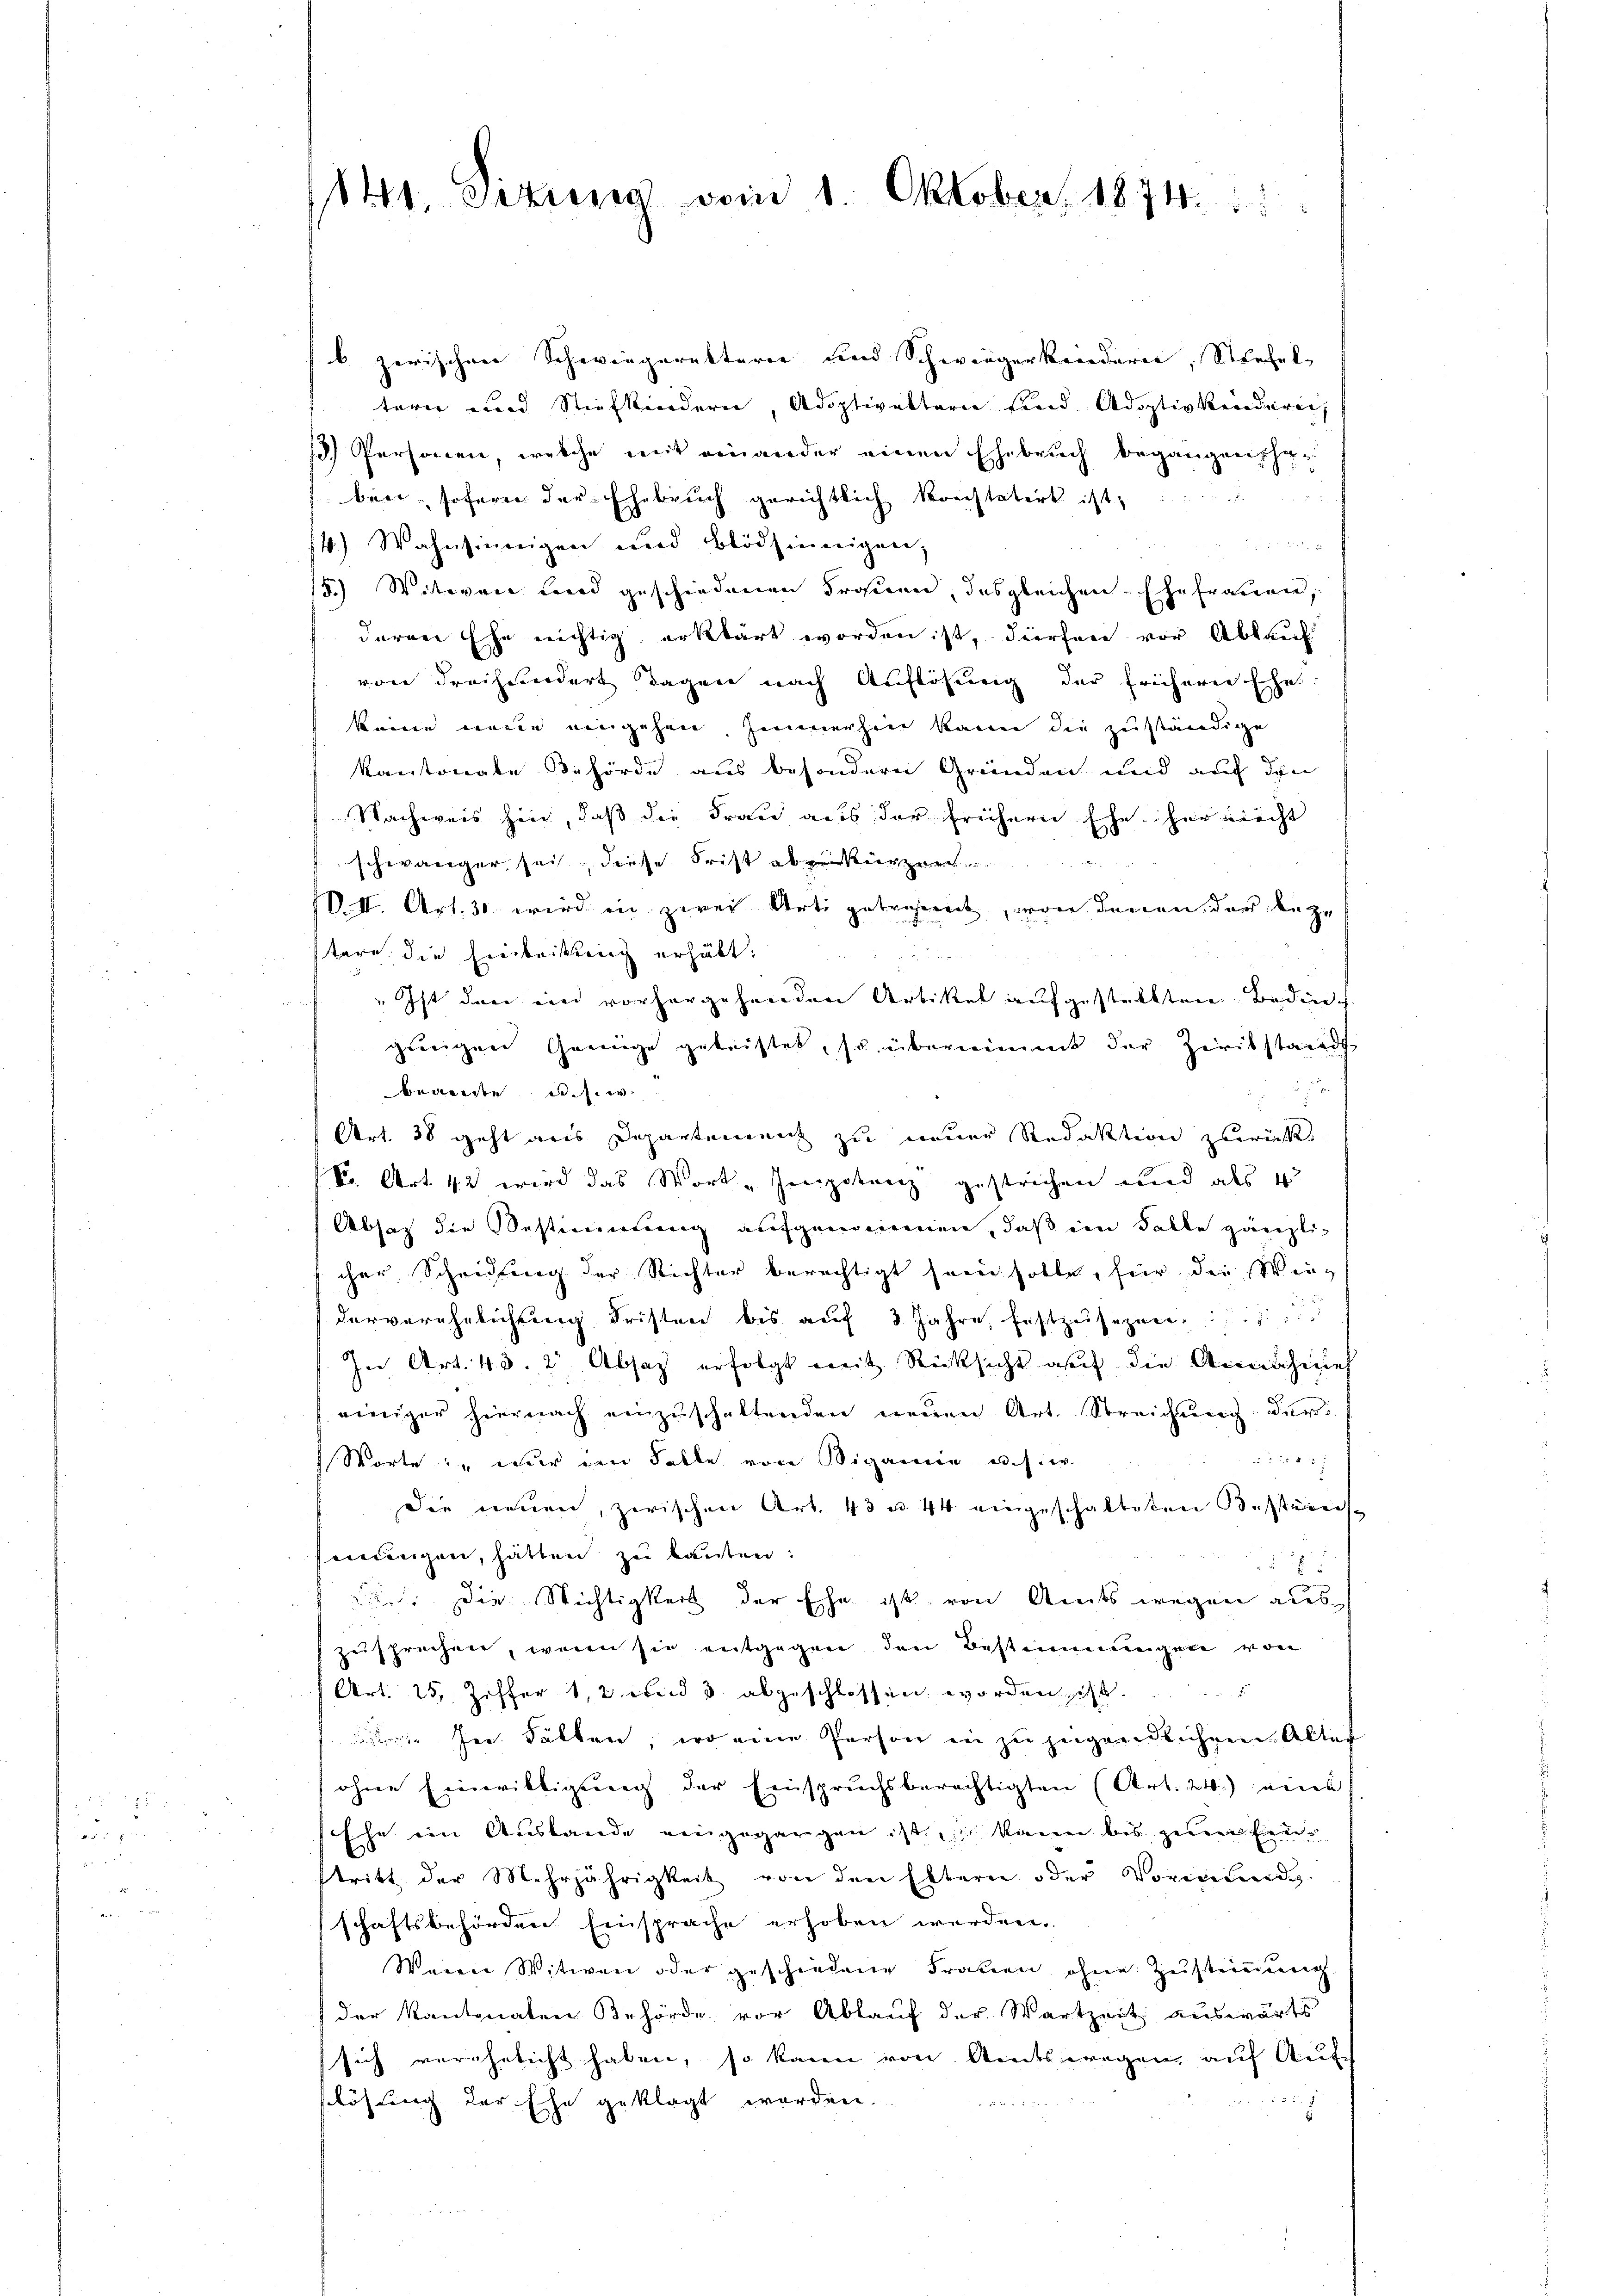
u

841. Sizung vom 1. Oktober 1874.

b. zerischen Schwiegaretterie und Schwiegerkindern, Stiefel- |
tern und Stiefkindern, Adoptiveltern sind. Adoptivkinderen,
) Personen, welche mit einander einen Ehebruch begangen ha
ben, sofern der Ehebruch gerichtlich konstatirt ist
14.) Wahnsinnigen und Blödsinnigen,

15.) Witwen Land geschiedenen Prasien, das gleichen Ehefrauen,
deren Ehe nichtig erklärt worden ist, dürfen vor Ablauf
von dreihundert Tagen nach Auflösung der frühern Ehes
keine weden eingehen Himmerhin kann die zuständige
kantonate Behörde aus besondern Gründen und auch den
Nachweis hin, daß die Frau aus der frühern Ehe her nicht
schwänger sei diese Frist abkürzer
VII. Art. 30 wird in zwei Arti getraint, von denen der beze
stare die Einleitung erhält.
" Ist den ein vorhergehenden Artikel aufgestellten Bedingungen Grünige geleistet, so übernimmt der Zirikstand,

beamte w
Art. 38 geht aus Departement zu neuer Redaktion zurücke
Fr. Art. 42 wird das Wort „Impotenz gestrichen und als 4
Absaz die Bestimmung aufgenommen, daß im Falle gänzlicher Scheidung der Richter berechtigt sein solle, für der Winderverehelichung Fristen bis auf 3 Jahre, festzusagen, sei
In Art. 48. 2 Absatz erfolgt mit Rücksicht auf die Aneichises
einiger hiernach einzŭschaltenden neuen Art. Streichŭng der

Worte in nur im Falle von Vigane u.s.w.
Die neuen, zwischen Art. 43 u. 44 eingeschalteten Bestireis-
eiedungen, hätten zu bauten:

 Die Wichtigkeit der Ehe ist von Amts wegen aus
zusprechen, wenn sie entgegen den Bestimmungen von
Art. 25, Ziffer 12 wird abgeschlossen worden schl
 In Fällen, wo eine Person in zu jugendlichen Alter
ohne Einwilligung der Einspruchsberechtigten (Art. 24.) eine
Eche ein Auslande eingegangen ist, kann bis zum Einstritt der Mehrjährigkeit von den Eltern oder Vormund-
schaftsbehörden Einsprache erhoben werden.
Weine Witwen oder geschiedene Frauen ohne Zustimmung
der Kantonaten Behörde vor Ablauf der Wartzeit auswärts
sich verehelicht haben, so kann von Amtswegen, auf Aufs

slösung der Ehe geklagt worden.